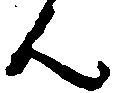
ん